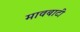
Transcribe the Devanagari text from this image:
मावबाटी